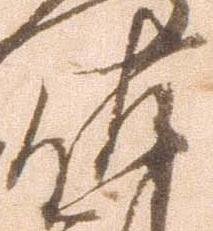
佐